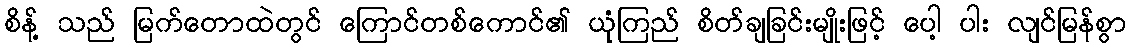
စိန့် သည် မြက်တောထဲတွင် ကြောင်တစ်ကောင်၏ ယုံကြည် စိတ်ချခြင်းမျိုးဖြင့် ပေါ့ ပါး လျင်မြန်စွာ